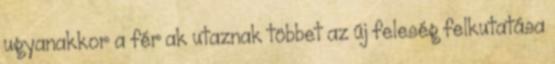
ugyanakkor a férﬁak utaznak többet az új feleség felkutatása